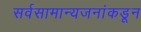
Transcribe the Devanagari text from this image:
सर्वसामान्यजनांकडून